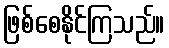
ဖြစ်စေနိုင်ကြသည်။